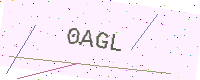
Text: 0AGL